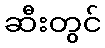
ဆီးတွင်